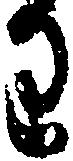
り